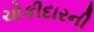
ચોકીદારની